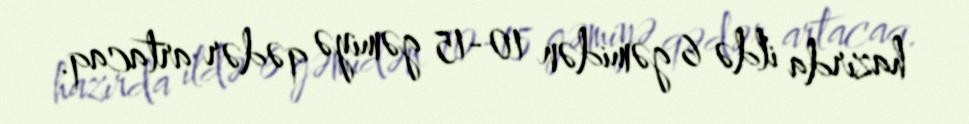
hazırda ildə 6 gəmidən 10-15 gəmiyə qədər artacaq.